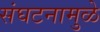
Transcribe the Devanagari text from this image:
संघटनामुळे